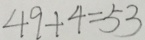
4 9 + 4 = 5 3